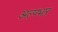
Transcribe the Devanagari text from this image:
अल्पभार